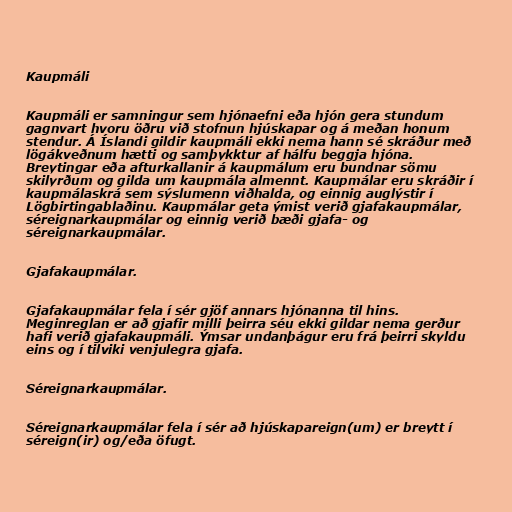
Kaupmáli

Kaupmáli er samningur sem hjónaefni eða hjón gera stundum
gagnvart hvoru öðru við stofnun hjúskapar og á meðan honum
stendur. Á Íslandi gildir kaupmáli ekki nema hann sé skráður með
lögákveðnum hætti og samþykktur af hálfu beggja hjóna.
Breytingar eða afturkallanir á kaupmálum eru bundnar sömu
skilyrðum og gilda um kaupmála almennt. Kaupmálar eru skráðir í
kaupmálaskrá sem sýslumenn viðhalda, og einnig auglýstir í
Lögbirtingablaðinu. Kaupmálar geta ýmist verið gjafakaupmálar,
séreignarkaupmálar og einnig verið bæði gjafa- og
séreignarkaupmálar.

Gjafakaupmálar.

Gjafakaupmálar fela í sér gjöf annars hjónanna til hins.
Meginreglan er að gjafir milli þeirra séu ekki gildar nema gerður
hafi verið gjafakaupmáli. Ýmsar undanþágur eru frá þeirri skyldu
eins og í tilviki venjulegra gjafa.

Séreignarkaupmálar.

Séreignarkaupmálar fela í sér að hjúskapareign(um) er breytt í
séreign(ir) og/eða öfugt.